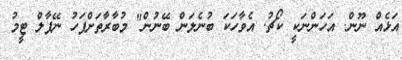
އަޅެއް ނޫން. އަހަންނަކީ ކޯޗު. އެވާހަކަ ބުނެލަން ބޭނުން" މުބާރާތަށްފަހު ނޭޕާލް ޓީމު